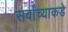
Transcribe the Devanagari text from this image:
सर्वांच्याकडे